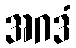
အဂဒံ